Note on the mental hospitals in Burma - 1925-1940
Year: 1925
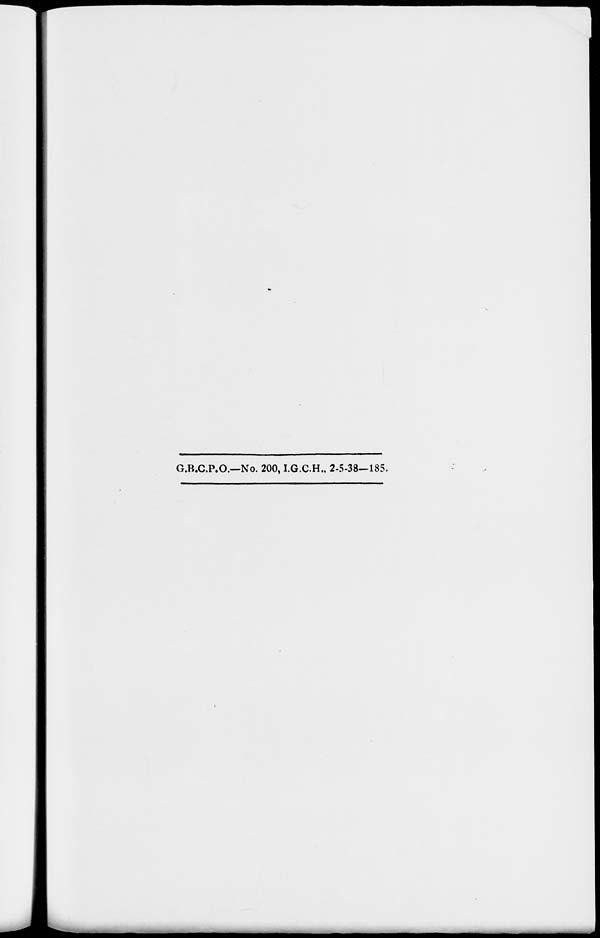
G.B.C.P.O.—No. 200, I.G.C.H., 2-5-38—185.